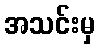
အသင်းမှ